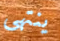
ينتهى